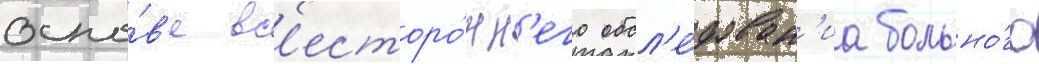
осно́в'е вс'есторо́нн'его обсл'е́дован'иа больно́го